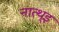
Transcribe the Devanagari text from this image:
नात्थ्इ